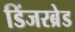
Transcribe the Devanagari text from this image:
डिंजरब्रेड